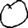
Digit: 0